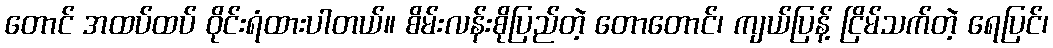
တောင် အထပ်ထပ် ဝိုင်းရံထားပါတယ်။ စိမ်းလန်းစိုပြည်တဲ့ တောတောင်၊ ကျယ်ပြန့် ငြိမ်သက်တဲ့ ရေပြင်၊